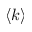
\langle k \rangle